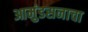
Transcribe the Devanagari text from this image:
आमुंडसनाचा